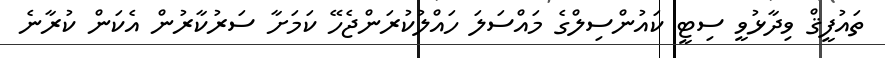
ތައުފީޤް ވިދާޅުވީ ސިޓީ ކައުންސިލްގެ މައްސަލަ ހައްލުކުރަންޖެހޭ ކަމަށާ ސަރުކާރުން އެކަން ކުރާނެ